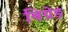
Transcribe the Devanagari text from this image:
बिग्रेड